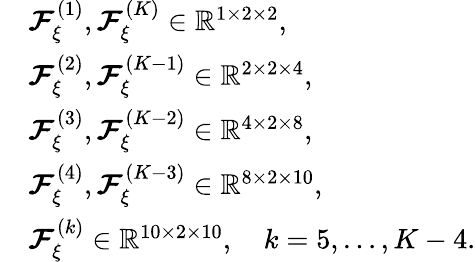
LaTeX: \begin{array}{rl}&{\boldsymbol{\mathcal{F}}_{\xi}^{(1)},\boldsymbol{\mathcal{F}}_{\xi}^{(K)}\in\mathbb{R}^{1\times 2\times 2},}\\ &{\boldsymbol{\mathcal{F}}_{\xi}^{(2)},\boldsymbol{\mathcal{F}}_{\xi}^{(K-1)}\in\mathbb{R}^{2\times 2\times 4},}\\ &{\boldsymbol{\mathcal{F}}_{\xi}^{(3)},\boldsymbol{\mathcal{F}}_{\xi}^{(K-2)}\in\mathbb{R}^{4\times 2\times 8},}\\ &{\boldsymbol{\mathcal{F}}_{\xi}^{(4)},\boldsymbol{\mathcal{F}}_{\xi}^{(K-3)}\in\mathbb{R}^{8\times 2\times 10},}\\ &{\boldsymbol{\mathcal{F}}_{\xi}^{(k)}\in\mathbb{R}^{10\times 2\times 10},\quad k=5,\ldots,K-4.}\end{array}